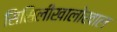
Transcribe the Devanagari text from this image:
सिसिलीखालोखाल